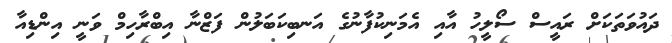
ދައުވަތަކަށް ރައީސް ސޯލީހު އާއި އެމަނިކުފާނުގެ އަނބިކަބަލުން ފަޒްނާ އިބްރާހިމް ވަނީ އިންޑިއާ